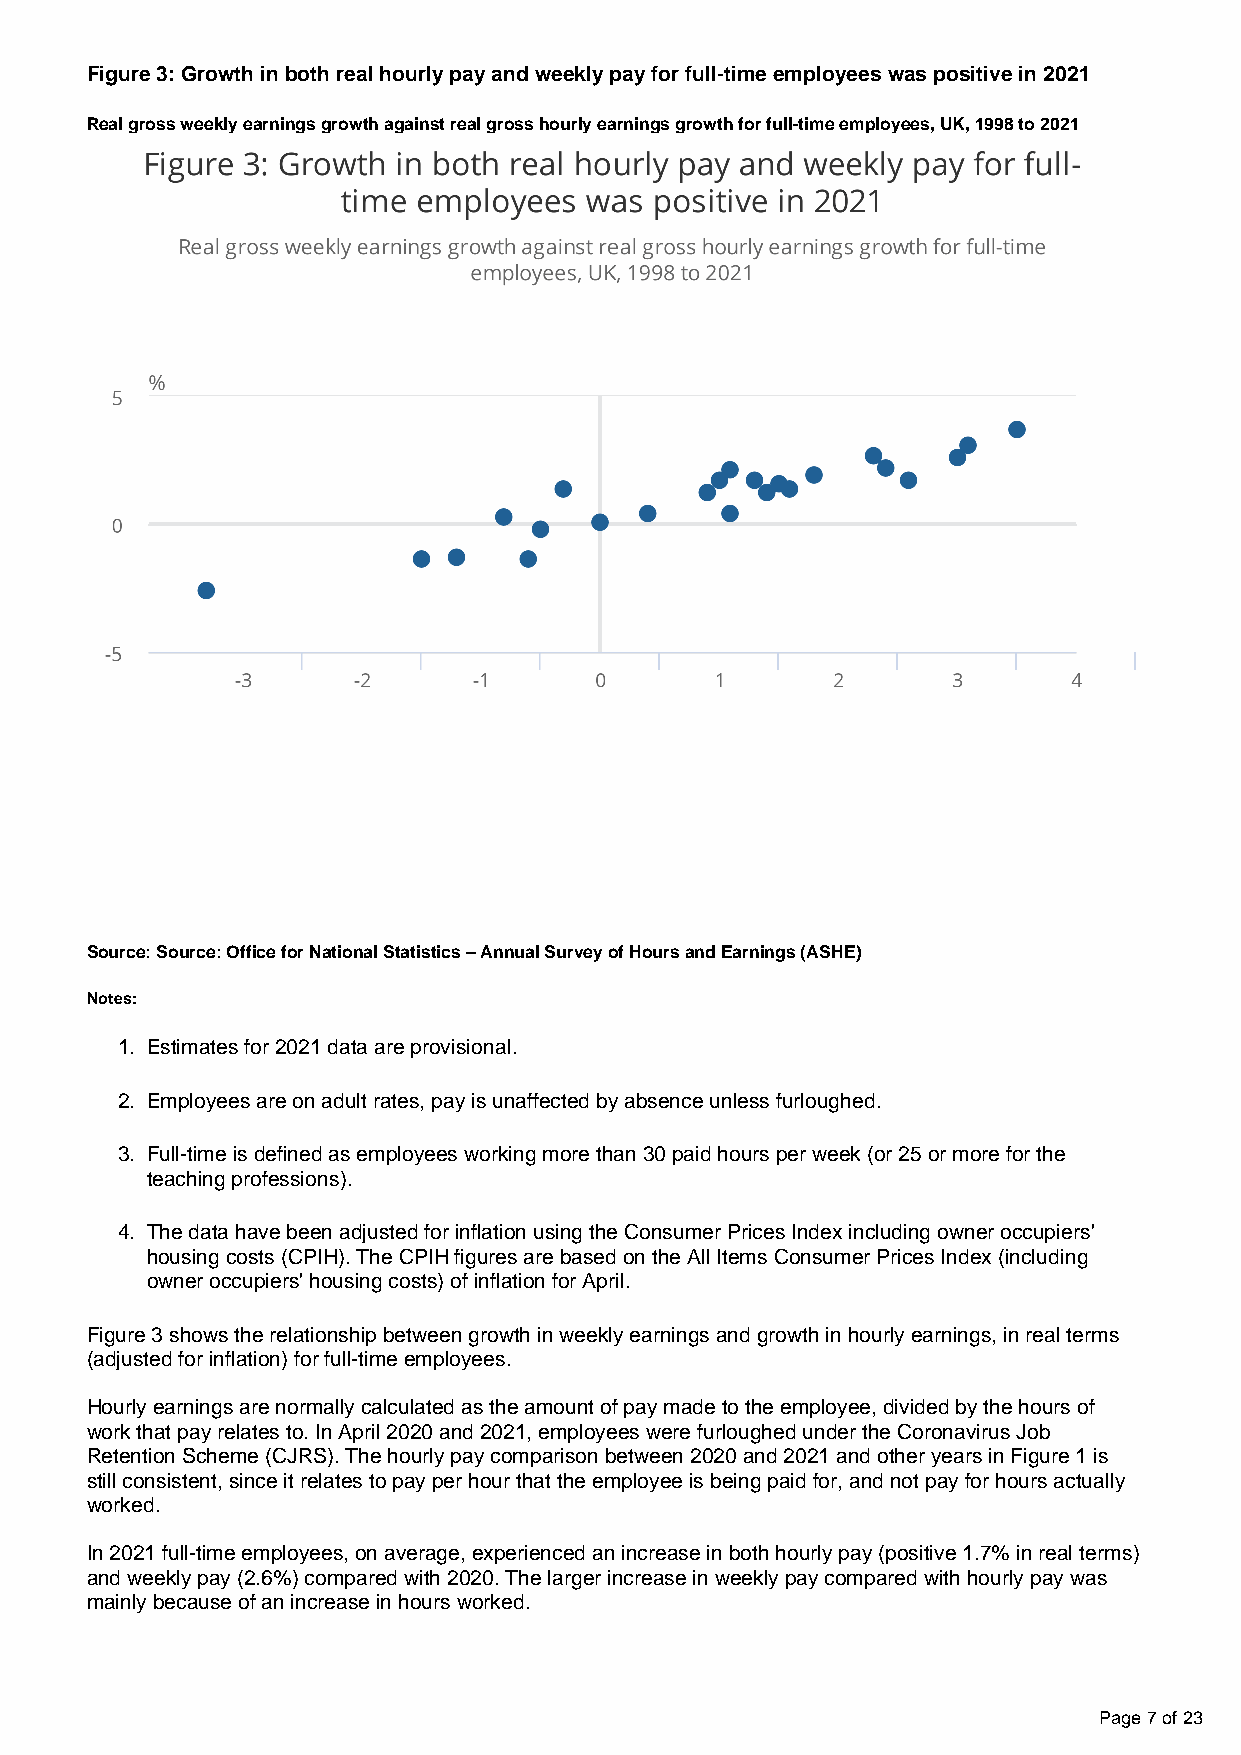
Figure 3: Growth in both real hourly pay and weekly pay for full-time employees was positive in 2021
 Real gross weekly earnings growth against real gross hourly earnings growth for full-time employees, UK, 1998 to 2021
 Source: Source: Office for National Statistics – Annual Survey of Hours and Earnings (ASHE)
 Notes:
 1. Estimates for 2021 data are provisional.
 2. Employees are on adult rates, pay is unaffected by absence unless furloughed.
 3. Full-time is defined as employees working more than 30 paid hours per week (or 25 or more for the
 teaching professions).
 4. The data have been adjusted for inflation using the Consumer Prices Index including owner occupiers'
 housing costs (CPIH). The CPIH figures are based on the All Items Consumer Prices Index (including
 owner occupiers' housing costs) of inflation for April.
 Figure 3 shows the relationship between growth in weekly earnings and growth in hourly earnings, in real terms
 (adjusted for inflation) for full-time employees.
 Hourly earnings are normally calculated as the amount of pay made to the employee, divided by the hours of
 work that pay relates to. In April 2020 and 2021, employees were furloughed under the Coronavirus Job
 Retention Scheme (CJRS). The hourly pay comparison between 2020 and 2021 and other years in Figure 1 is
 still consistent, since it relates to pay per hour that the employee is being paid for, and not pay for hours actually
 worked.
 In 2021 full-time employees, on average, experienced an increase in both hourly pay (positive 1.7% in real terms)
 and weekly pay (2.6%) compared with 2020. The larger increase in weekly pay compared with hourly pay was
 mainly because of an increase in hours worked.
 Page 7 of 23